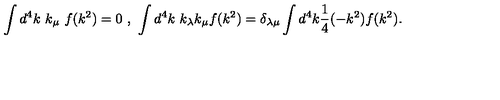
\int d ^ { 4 } k \ k _ { \mu } \ f ( k ^ { 2 } ) = 0 \ , \ \int d ^ { 4 } k \ k _ { \lambda } k _ { \mu } f ( k ^ { 2 } ) = \delta _ { \lambda \mu } \int d ^ { 4 } k \frac { 1 } { 4 } ( - k ^ { 2 } ) f ( k ^ { 2 } ) .